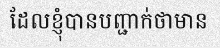
ដែលខ្ញុំបានបញ្ជាក់ថាមាន